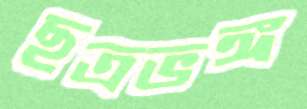
ছত্রভঙ্গ